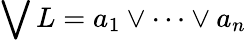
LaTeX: \bigvee L=a_{1}\lor\cdots\lor a_{n}